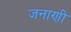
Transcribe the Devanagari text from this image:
जनाणी